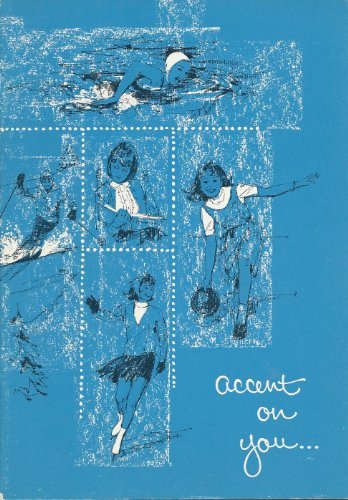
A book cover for Accent on You...Your Personal Questions Answered About Menstruation; Health, Fitness & Dieting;